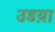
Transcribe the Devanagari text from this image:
उडय़ा